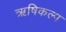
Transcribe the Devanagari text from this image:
ऋषिकल्प